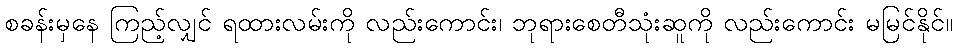
စခန်းမှနေ ကြည့်လျှင် ရထားလမ်းကို လည်းကောင်း၊ ဘုရားစေတီသုံးဆူကို လည်းကောင်း မမြင်နိုင်။